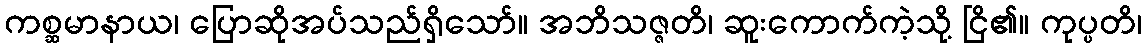
ကစ္ဆမာနာယ၊ ပြောဆိုအပ်သည်ရှိသော်။ အဘိသဇ္ဇတိ၊ ဆူးကောက်ကဲ့သို့ ငြိ၏။ ကုပ္ပတိ၊